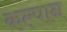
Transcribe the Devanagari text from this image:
कल्पान